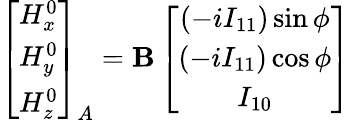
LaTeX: \left[\begin{array}{c}{H_{x}^{0}}\\ {H_{y}^{0}}\\ {H_{z}^{0}}\end{array}\right]_{A}=\mathbf{B}\left[\begin{array}{c}{\left(-iI_{11}\right)\sin\phi}\\ {\left(-iI_{11}\right)\cos\phi}\\ {I_{10}}\end{array}\right]